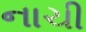
નાચી